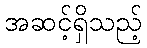
အဆင့်ရှိသည့်